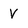
Character: v